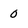
Character: 0